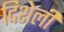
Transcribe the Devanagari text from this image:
दिशेली